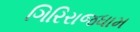
ગિરિરાજધામ